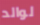
لوالد